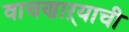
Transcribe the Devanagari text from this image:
वाचणाऱ्याची